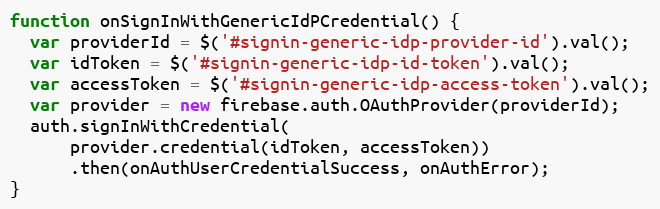
Language: JavaScript
function onSignInWithGenericIdPCredential() {
  var providerId = $('#signin-generic-idp-provider-id').val();
  var idToken = $('#signin-generic-idp-id-token').val();
  var accessToken = $('#signin-generic-idp-access-token').val();
  var provider = new firebase.auth.OAuthProvider(providerId);
  auth.signInWithCredential(
      provider.credential(idToken, accessToken))
      .then(onAuthUserCredentialSuccess, onAuthError);
}